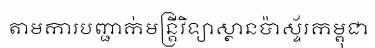
តាមការបញ្ជាក់មន្ត្រីវិទ្យាស្ថានប៉ាស្ទ័រកម្ពុជា